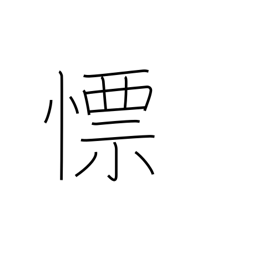
Meaning: quick